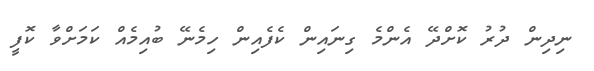
ނިދިން ދުރު ކޮށްދޭ އެންމެ ގިނައިން ކެފެއިން ހިމެނޭ ބުއިމެއް ކަމަށްވާ ކޮފީ